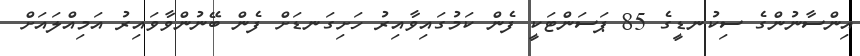
އިންސާނުންގެ ސިކުނޑީގެ 85 ޕަސަންޓަކީ ފެން ކަމުގައިވާއިރު ހަށިގަނޑަށް ފެން ބޭނުންވާވައިރު އަމިއްލައަށް